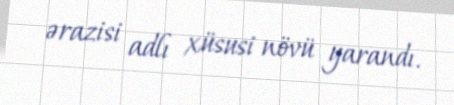
ərazisi adlı xüsusi növü yarandı.